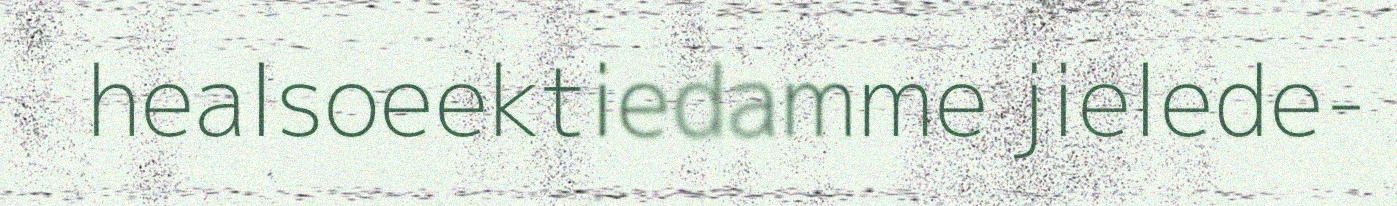
healsoeektiedamme jielede-